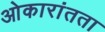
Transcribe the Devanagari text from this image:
ओकारांतता